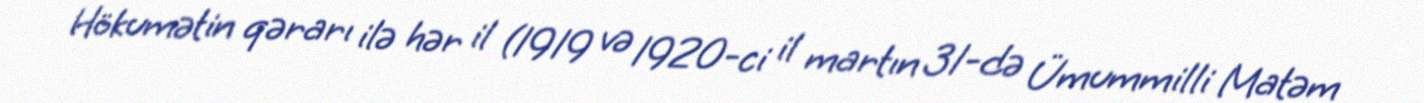
Hökumətin qərarı ilə hər il (1919 və 1920-ci il martın 31-də Ümummilli Matəm